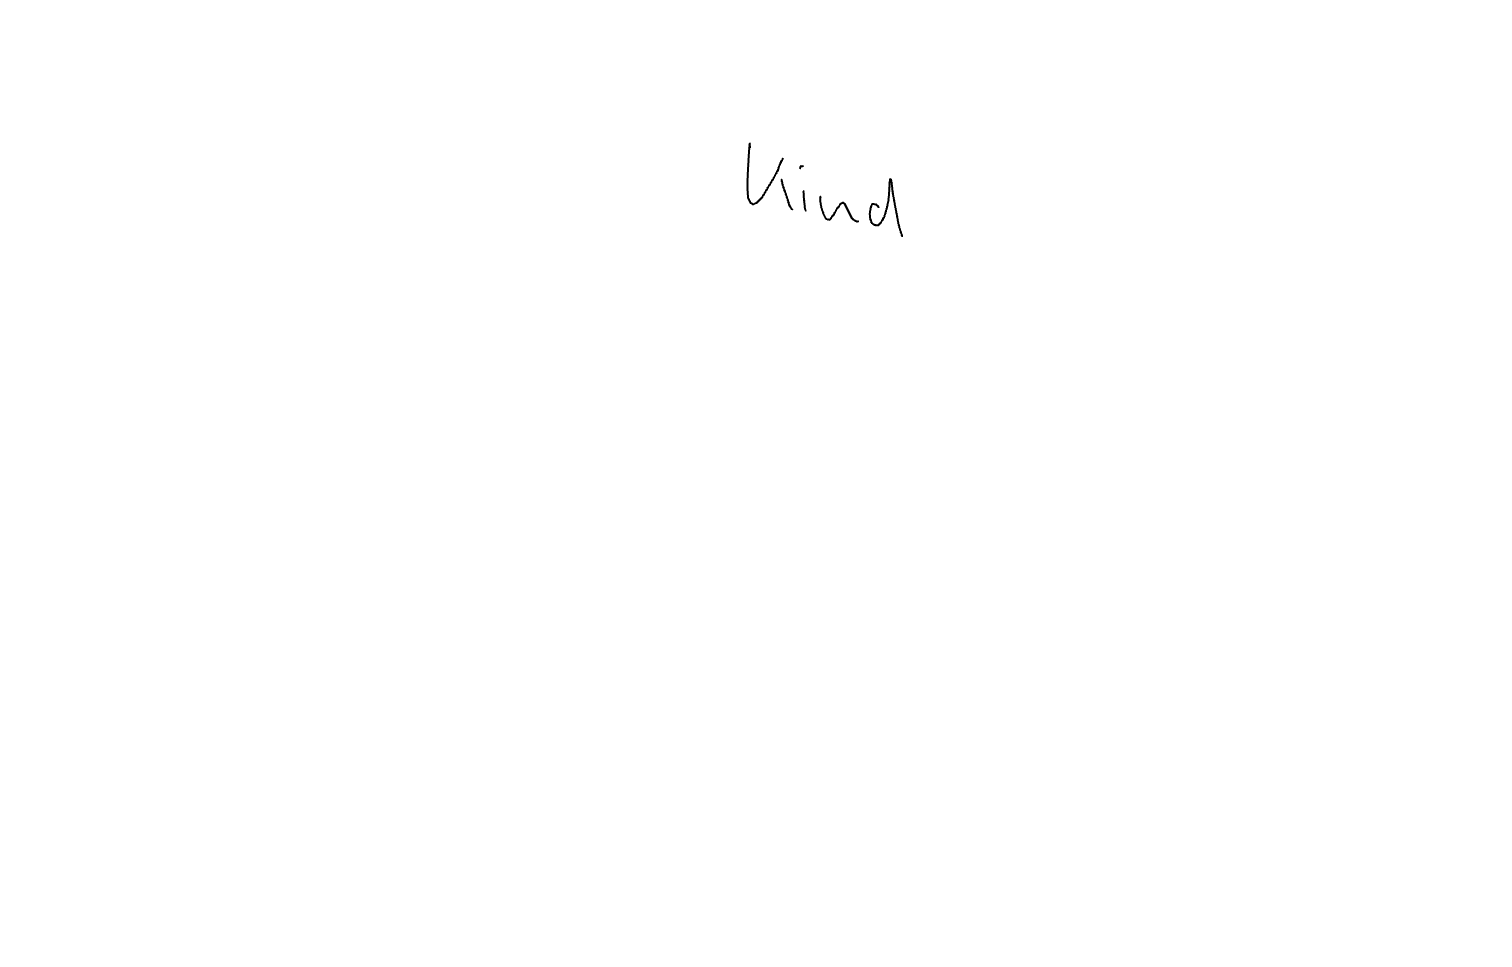
Text: Kind